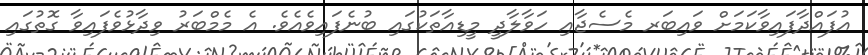
އުފައްދާފައިވާކަމަށް ވައިބަރ މެސެޖާއި ހަވާލާދީ މީޑިއާތަކުގައި ބުނެފައިވެއެވެ. އެ މެމްބަރު ވިދާޅުވެފައިވާ ގޮތުގައި